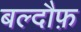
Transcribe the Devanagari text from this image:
बल्दौफ़